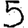
Digit: 5